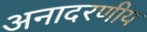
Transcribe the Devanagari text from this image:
अनादरणीय